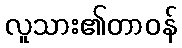
လူသား၏တာဝန်